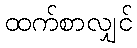
ထက်စာလျှင်